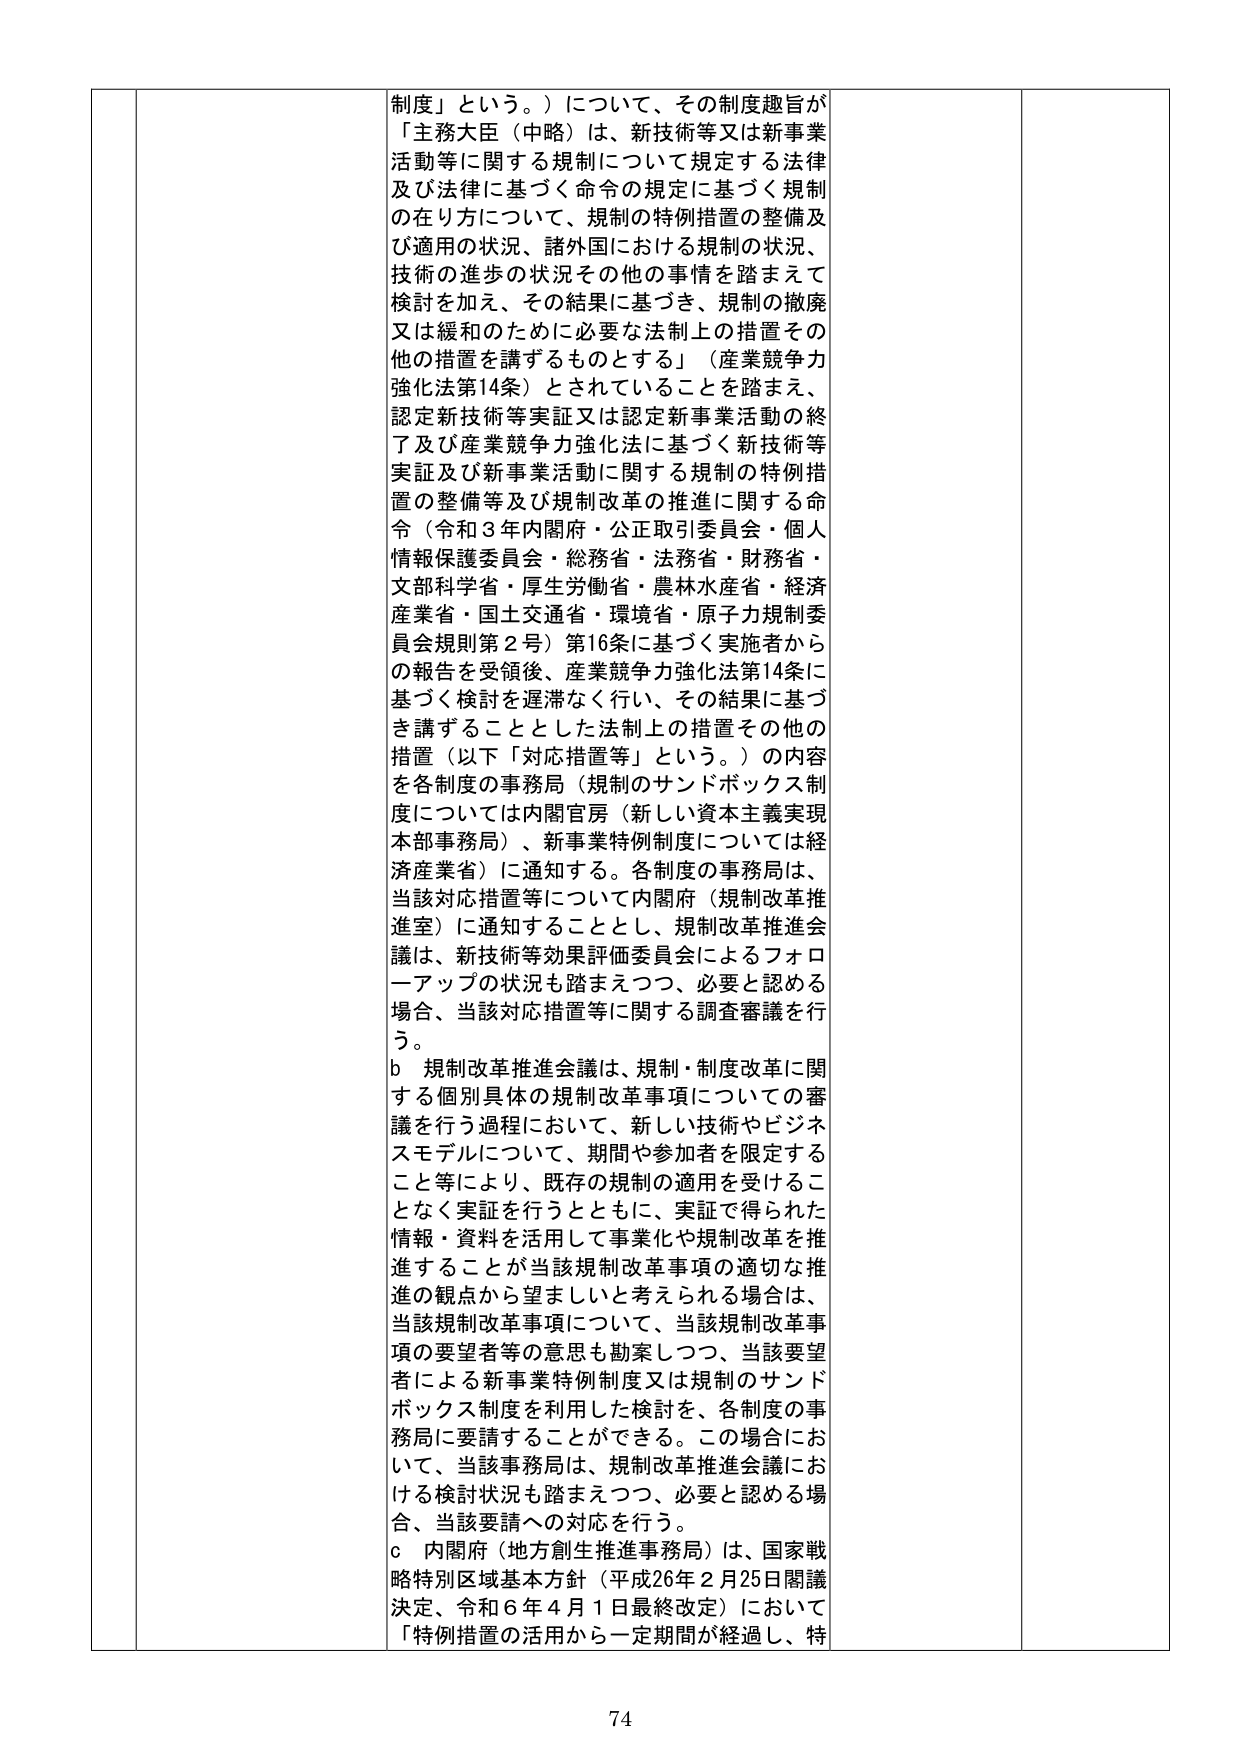
制度」という。）について、その制度趣旨が
「主務大臣（中略）は、新技術等又は新事業
活動等に関する規制について規定する法律
及び法律に基づく命令の規定に基づく規制
の在り方について、規制の特例措置の整備及
び適用の状況、諸外国における規制の状況、
技術の進歩の状況その他の事情を踏まえて
検討を加え、その結果に基づき、規制の撤廃
又は緩和のために必要な法制上の措置その
他の措置を講ずるものとする」（産業競争力
強化法第14条）とされていることを踏まえ、
認定新技術等実証又は認定新事業活動の終
了及び産業競争力強化法に基づく新技術等
実証及び新事業活動に関する規制の特例措
置の整備等及び規制改革の推進に関する命
令（令和3年内閣府・公正取引委員会・個人
情報保護委員会・総務省・法務省・財務省・
文部科学省・厚生労働省・農林水産省・経済
産業省・国土交通省・環境省・原子力規制委
員会規則第2号）第16条に基づく実施者から
の報告を受領後、産業競争力強化法第14条に
基づく検討を遅滞なく行い、その結果に基づ
き講ずることとした法制上の措置その他の
措置（以下「対応措置等」という。）の内容
を各制度の事務局（規制のサンドボックス制
度については内閣官房（新しい資本主義実現
本部事務局）、新事業特例制度については経
済産業省）に通知する。各制度の事務局は、
当該対応措置等について内閣府（規制改革推
進室）に通知することとし、規制改革推進会
議は、新技術等効果評価委員会によるフォロ
ーアップの状況も踏まえつつ、必要と認める
場合、当該対応措置等に関する調査審議を行
う。
b 規制改革推進会議は、規制・制度改革に関
する個別具体的な規制改革事項についての審
議を行う過程において、新しい技術やビジネ
スモデルについて、期間や参加者を限定する
こと等により、既存の規制の適用を受けるこ
となく実証を行うとともに、実証で得られた
情報・資料を活用して事業化や規制改革を推
進することが当該規制改革事項の適切な推
進の観点から望ましいと考えられる場合は、
当該規制改革事項について、当該規制改革事
項の要望者等の意思も勘案しつつ、当該要望
者による新事業特例制度又は規制のサンド
ボックス制度を利用した検討を、各制度の事
務局に要請することができる。この場合にお
いて、当該事務局は、規制改革推進会議にお
ける検討状況も踏まえつつ、必要と認める場
合、当該要請への対応を行う。
c 内閣府（地方創生推進事務局）は、国家戦
略特別区域基本方針（平成26年2月25日閣議
決定、令和6年4月1日最終改定）において
「特例措置の活用から一定期間が経過し、特

74